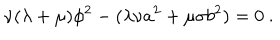
LaTeX: \nu ( \lambda + \mu ) \phi ^ { 2 } - ( \lambda \nu a ^ { 2 } + \mu \sigma b ^ { 2 } ) = 0 ~ .